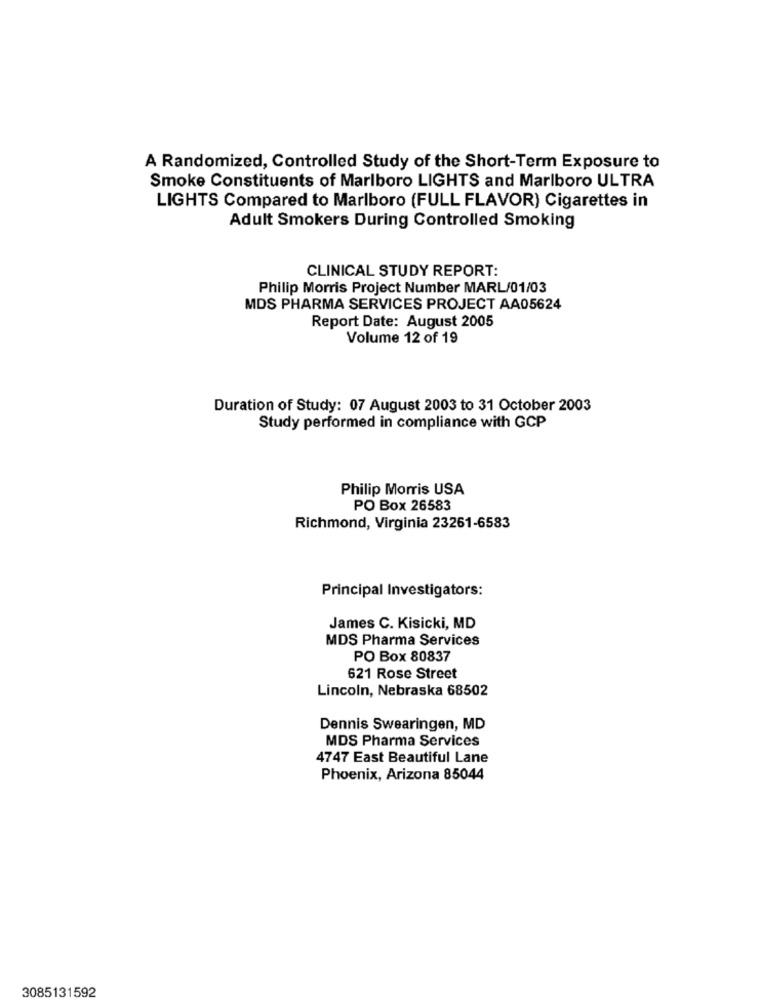
A Randomized, Controlled Study of the Short-Term Exposure to
Smoke Constituents of Marlboro LIGHTS and Marlboro ULTRA
LIGHTS Compared to Marlboro (FULL FLAVOR) Cigarettes in
Adult Smokers During Controlled Smoking
CLINICAL STUDY REPORT:
Philip Morris Project Number MARL/01/03
MDS PHARMA SERVICES PROJECT AA05624
Report Date: August 2005
Volume 12 of 19
Duration of Study: 07 August 2003 to 31 October 2003
Study performed in compliance with GCP
Philip Morris USA
PO Box 26583
Richmond, Virginia 23261-6583
Principal Investigators:
James C. Kisicki, MD
MDS Pharma Services
PO Box 80837
621 Rose Street
Lincoln, Nebraska 68502
Dennis Swearingen, MD
MDS Pharma Services
4747 East Beautiful Lane
Phoenix, Arizona 85044
3085131592